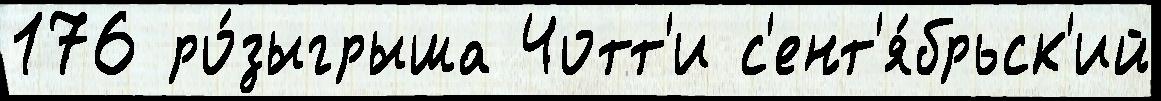
176 ро́зыгрыша Чотт'и с'ент'я́брьск'ий